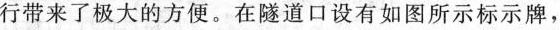
行带来了极大的方便。在隧道口设有如图所示标示牌，